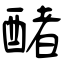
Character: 醏